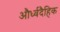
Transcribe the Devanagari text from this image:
और्ध्वदैहिक